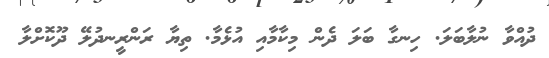
ދުއްވާ ނުލާބަލަ. ހިނގާ ބަލަ ދެން މިކާމާއި އުޅެމާ. ތިޔާ ރަންރީނދުލޭ ދޫކޮށްލާ